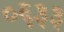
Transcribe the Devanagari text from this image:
०६३३